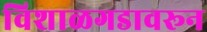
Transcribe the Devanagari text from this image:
विशाळगडावरून